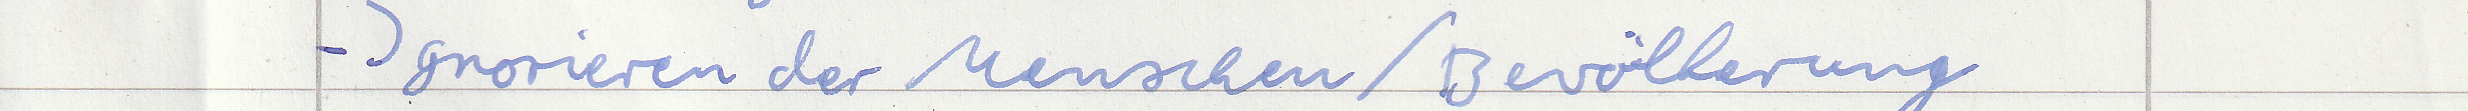
- Ignorieren der Menschen / Bevölkerung